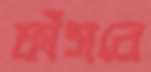
ফাঁসবে